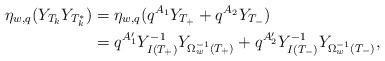
LaTeX: \begin{align*}\eta_{w,q}(Y_{T_{k}}Y_{T_{k}^{\ast}}) & =\eta_{w,q}(q^{A_{1}}Y_{T_{+}}+q^{A_{2}}Y_{T_{-}})\\ & =q^{A'_{1}}Y_{I(T_{+})}^{-1}Y_{\Omega_{w}^{-1}(T_{+})}+q^{A'_{2}}Y_{I(T_{-})}^{-1}Y_{\Omega_{w}^{-1}(T_{-})},\end{align*}